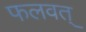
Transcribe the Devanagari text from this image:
फलवत्